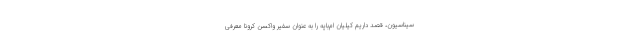
سیناسیون، قصد داریم کیلیان ام‌باپه را به عنوان سفیر واکسن کرونا معرفی